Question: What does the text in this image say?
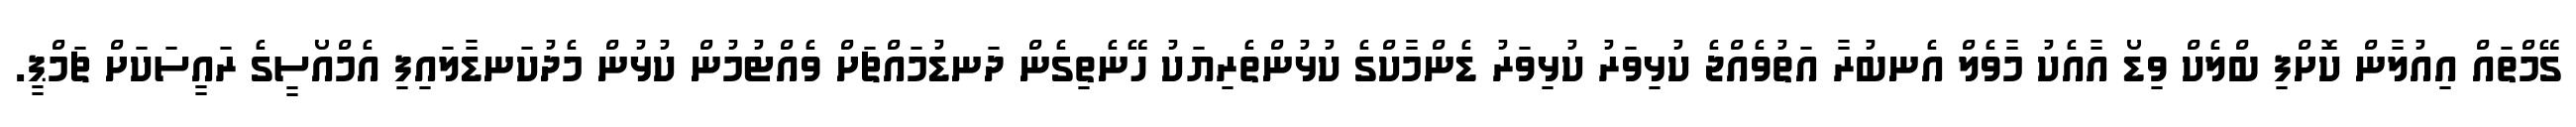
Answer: ގޭމްތައް އިއުލާން ކޮށްފި ބްލެކް ވިޑޯ އާއެކު މާވެލް އެނބުރާ އަތުވެއްޖެ ކުޅިވަރު ކުޅިވަރު ޑެންމާކްގެ ކުޅުންތެރިޔަކު ހޭނެތިގެން ދަނޑުމައްޗަށް ވެއްޓުމުން ކުޅުން މެދުކަނޑާލައިފި އެމްއޯސީގެ ރައީސަކަށް ޗަމްޕީ.